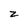
Character: z